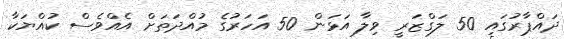
ދައްޕާރުގައި 50 ލަގްޒަރީ ވިލާ އަޅަން 50 އަހަރުގެ މުއްދަތަށް އެއްވެސް ކުއްޔަކާ